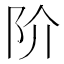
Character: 阶